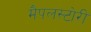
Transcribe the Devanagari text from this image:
मैपलस्टोरी